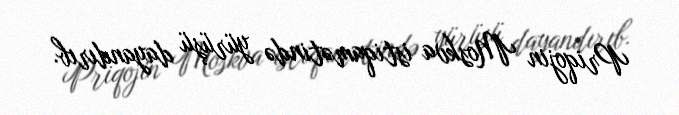
Priqojin Moskva istiqamətində yürüşü dayandırıb.